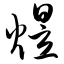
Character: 煜